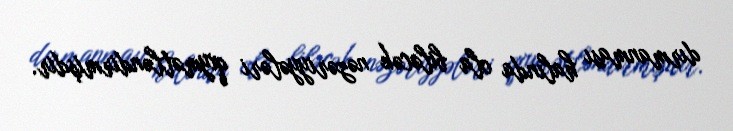
dırmanması halında ola biləcək nəzəriyyələri qiymətləndirmişdir.